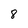
Character: 8